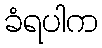
ခံရပါက